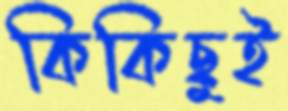
কিকিছুই